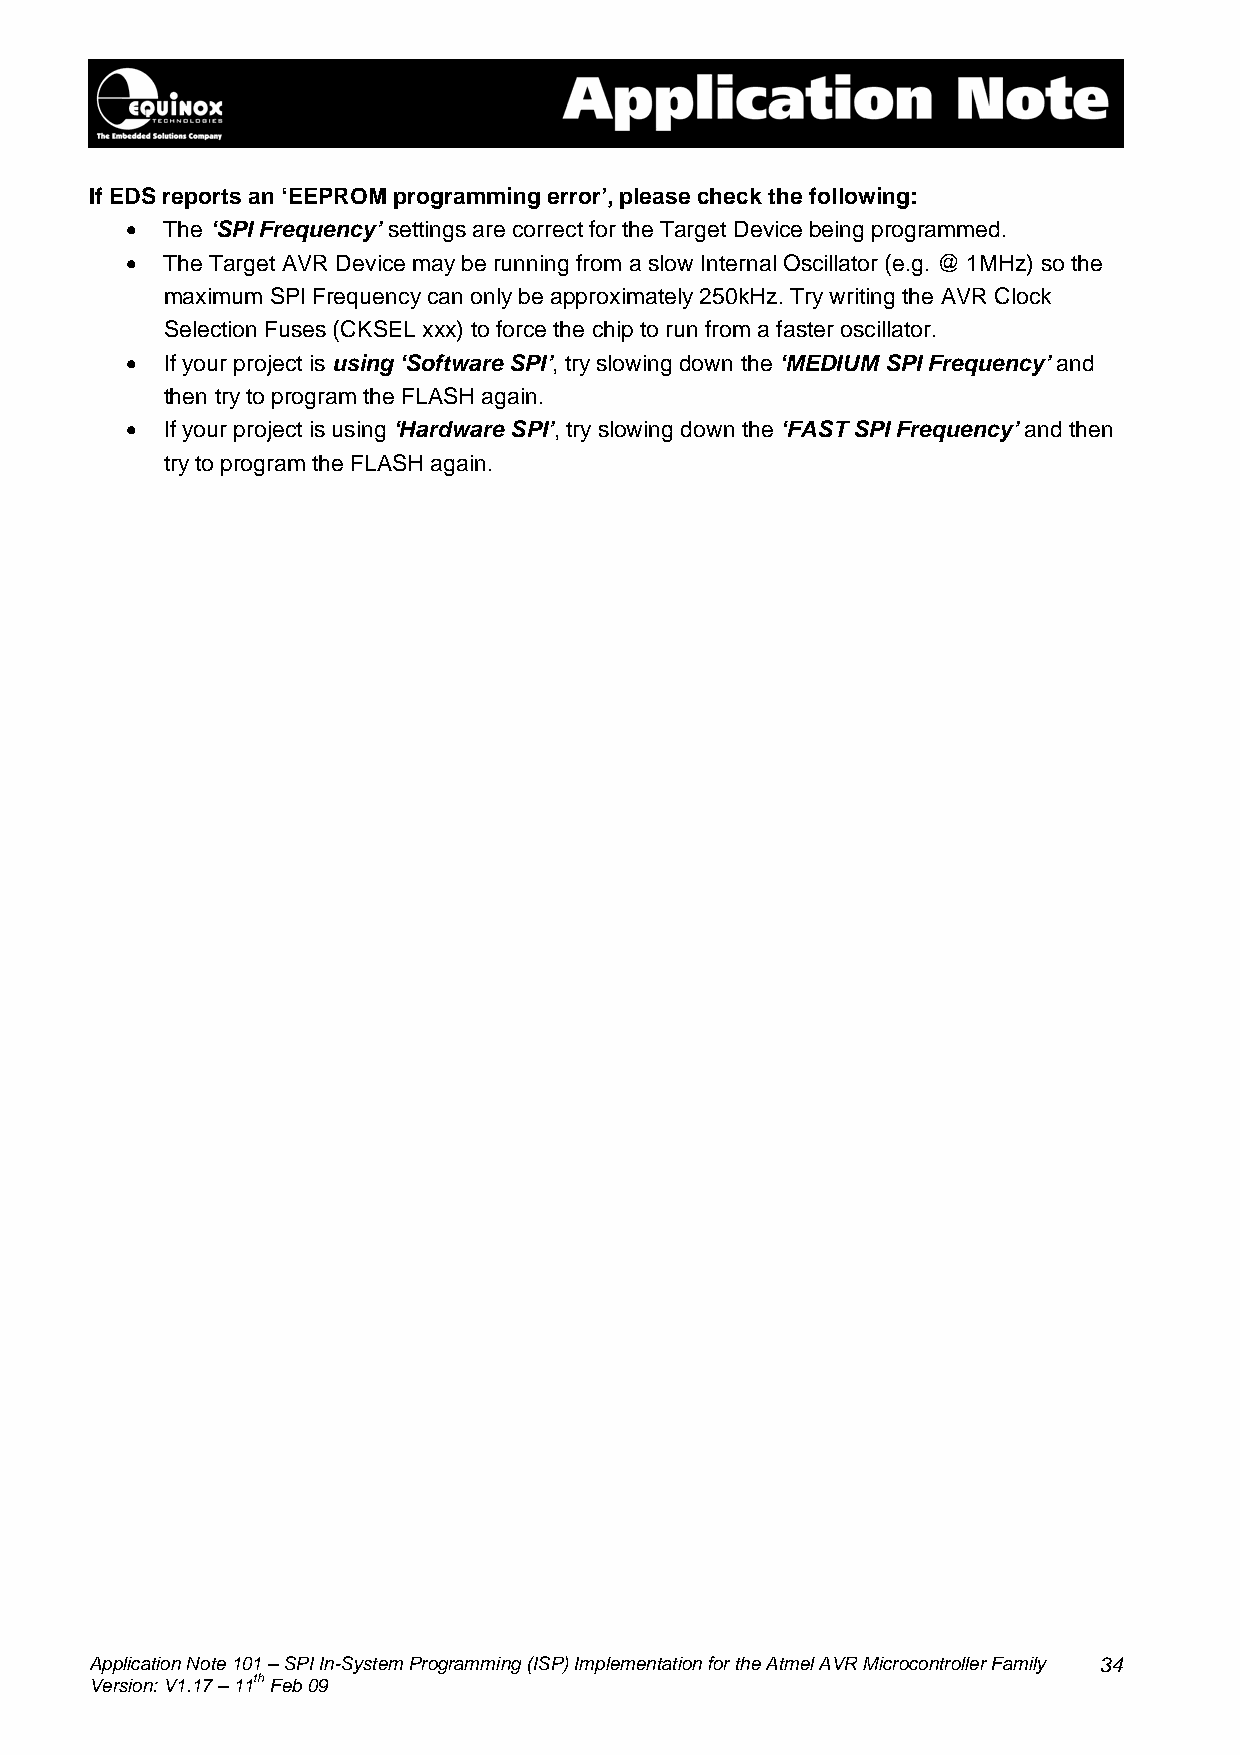
If EDS reports an ‘EEPROM programming error’, please check the following:
 •  The ‘SPI Frequency’ settings are correct for the Target Device being programmed.
 •  The Target AVR Device may be running from a slow Internal Oscillator (e.g. @ 1MHz) so the
 maximum SPI Frequency can only be approximately 250kHz. Try writing the AVR Clock
 Selection Fuses (CKSEL xxx) to force the chip to run from a faster oscillator.
 •  If your project is using ‘Software SPI’, try slowing down the ‘MEDIUM SPI Frequency’ and
 then try to program the FLASH again.
 •  If your project is using ‘Hardware SPI’, try slowing down the ‘FAST SPI Frequency’ and then
 try to program the FLASH again.
 Application Note 101 – SPI In-System Programming (ISP) Implementation for the Atmel AVR Microcontroller Family 34
 Version: V1.17 – 11th Feb 09